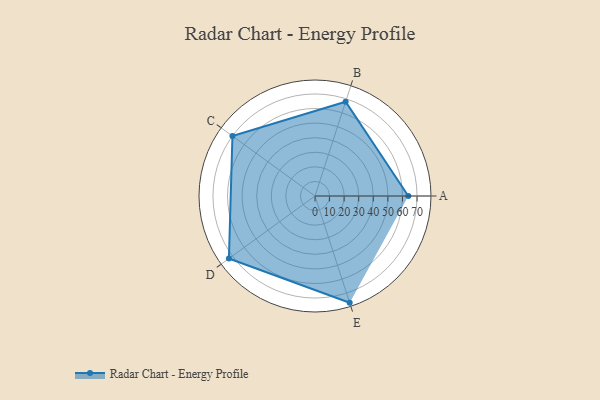
{"axis": {"x": "Skill", "y": "Score"}, "legend": ["Profile"], "data": [{"x": "A", "y": 64.0, "type": "Profile"}, {"x": "B", "y": 68.0, "type": "Profile"}, {"x": "C", "y": 70.0, "type": "Profile"}, {"x": "D", "y": 73.0, "type": "Profile"}, {"x": "E", "y": 77.0, "type": "Profile"}]}